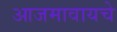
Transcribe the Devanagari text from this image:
आजमावायचे